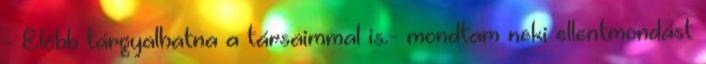
- Előbb tárgyalhatna a társaimmal is.- mondtam neki ellentmondást